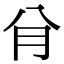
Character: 䏌